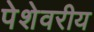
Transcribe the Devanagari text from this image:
पेशेवरीय